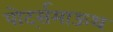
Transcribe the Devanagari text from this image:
पोर्ट्समाऊथ